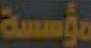
مؤسسة